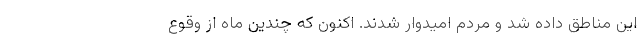
این مناطق داده شد و مردم امیدوار شدند. اکنون که چندین ماه از وقوع